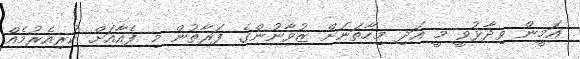
އަމީން ވިދާޅުވީ މީ އަދި މިހާތަނަށް ޒުވާނުންގެ ފަރާތުން މި ފެއާއަށް ކުރިއެރުމެއް